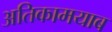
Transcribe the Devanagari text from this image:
अतिकामयाब